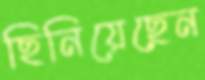
ছিনিয়েছেন